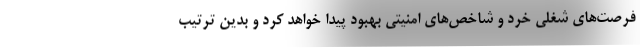
فرصت‌های شغلی خرد و شاخص‌های امنیتی بهبود پیدا خواهد کرد و بدین ترتیب